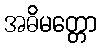
အဓိမတ္တော